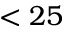
< 2 5